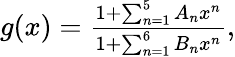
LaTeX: \begin{array}{r}{g(x)=\frac{1+\sum_{n=1}^{5}A_{n}x^{n}}{1+\sum_{n=1}^{6}B_{n}x^{n}},}\end{array}